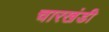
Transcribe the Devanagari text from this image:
चारखंडी